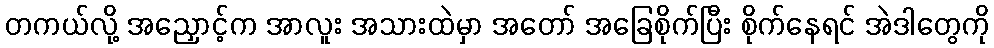
တကယ်လို့ အညှောင့်က အာလူး အသားထဲမှာ အတော် အခြေစိုက်ပြီး စိုက်နေရင် အဲဒါတွေကို